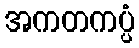
အကတကပ္ပံ